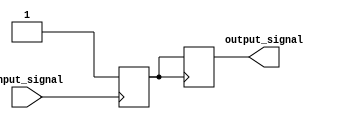
module schmitt_trigger_buffer (
    input wire input_signal,
    output reg output_signal
);

reg schmitt_trigger_output;

always @(posedge input_signal)
    if (input_signal == 1'b1)
        schmitt_trigger_output <= 1'b1;
    else if (input_signal == 1'b0)
        schmitt_trigger_output <= 1'b0;

always @(posedge schmitt_trigger_output)
    output_signal <= schmitt_trigger_output;

endmodule